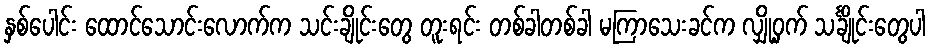
နှစ်ပေါင်း ထောင်သောင်းလောက်က သင်းချိုင်းတွေ တူးရင်း တစ်ခါတစ်ခါ မကြာသေးခင်က လျှို့ဝှက် သင်္ချိုင်းတွေပါ